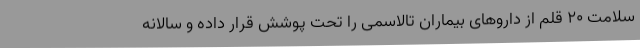
سلامت 20 قلم از داروهای بیماران تالاسمی را تحت پوشش قرار داده و سالانه